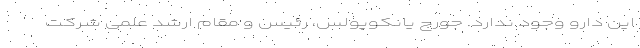
این دارو وجود ندارد. جورج یانکوپولُس، رئیس و مقام ارشد علمی شرکت